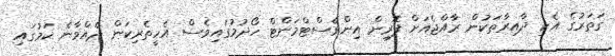
ގަތަރުގެ އެކި ދާއިރާތަކުން ރާއްޖެއަށް ފޮރިން އިންވެސްޓްމަންޓް ހޯދުމުގައިވެސް އެހީތެރިކަން ދެއްވާނެ ކަމުގައި